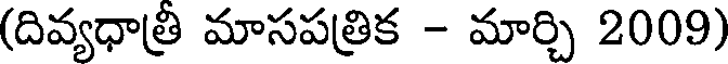
(దివ్యధాత్రి మాసపత్రిక - మార్చి 2009)